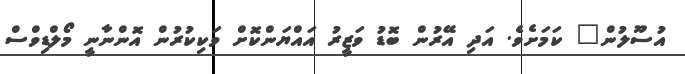
އުސޫލުން" ކަމަށެވެ. އަދި އޭރުން ބޮޑު ވަޒީރު އައްޔަންކޮށް ވަކިކުރުން އޮންނާނީ މޯލްޑިވްސް